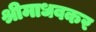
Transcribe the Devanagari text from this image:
श्रीमाधवकर